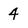
Character: 4